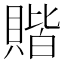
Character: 𫎝